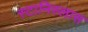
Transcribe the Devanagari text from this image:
स्टानिस्लास